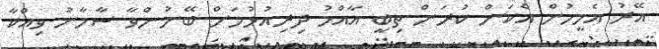
އޭރު އެމީހުން އެކަން ކުރަން ތިބީ އާއްމު ދިރިއުޅުމަށް ބޭނުންވާ ސާމާނު ވިއްކާ